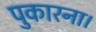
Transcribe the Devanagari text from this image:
पुकारना।